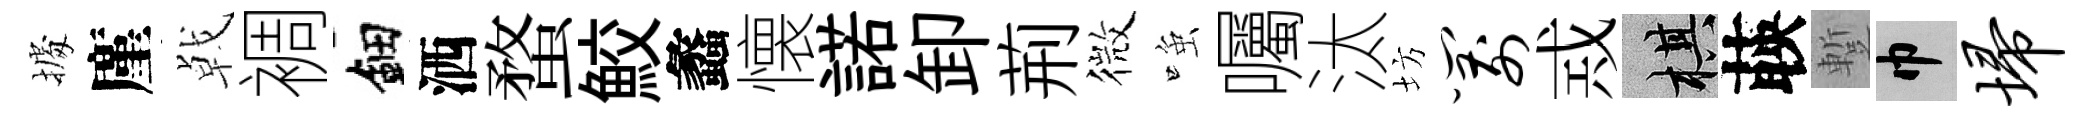
𢴃廑㦸裯鈿洒蝥鮫蠡懐諾卸荊微𫪻囑汰坊箭𢦶棋𦴤蹔巾埽